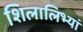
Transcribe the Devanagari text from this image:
शिलालिभ्यां